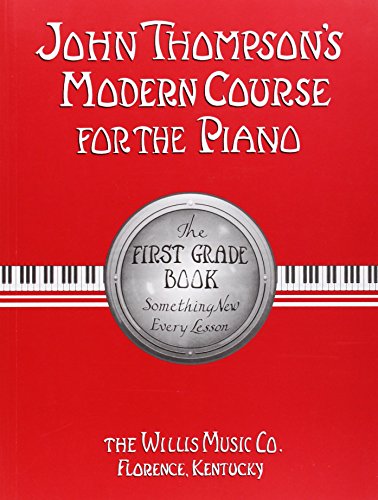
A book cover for John Thompson's Modern Course for the Piano: First Grade Book; John Thompson; Humor & Entertainment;